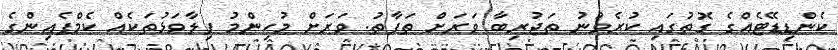
ކެންޑިޑޭޓެއްގެ ގޮތުގައި ކުރެވުނު ތަޖުރިބާ ވަރަށް ތަފާތު. ވަރަށް މުހިންމު ފިލާވަޅުތަކެއް ކެމްޕެއިންގެ